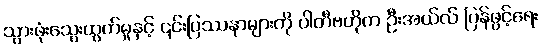
သွားဖုံးသွေးထွက်မှုနှင့် ၎င်းပြဿနာများကို ပါတီဗဟိုက ဦးအယ်လ် ပြန်ဖွင့်ရေး